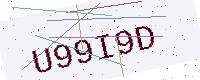
Text: U99I9D